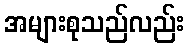
အများစုသည်လည်း